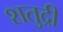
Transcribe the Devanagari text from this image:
शतुद्री